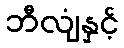
ဘီလျံနှင့်